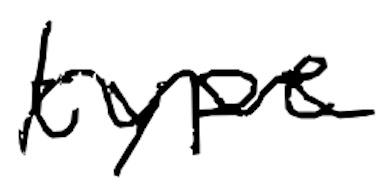
Text: type
Cross-out: wave
Writing tool: digital_black